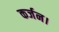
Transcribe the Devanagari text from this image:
कर्जन।